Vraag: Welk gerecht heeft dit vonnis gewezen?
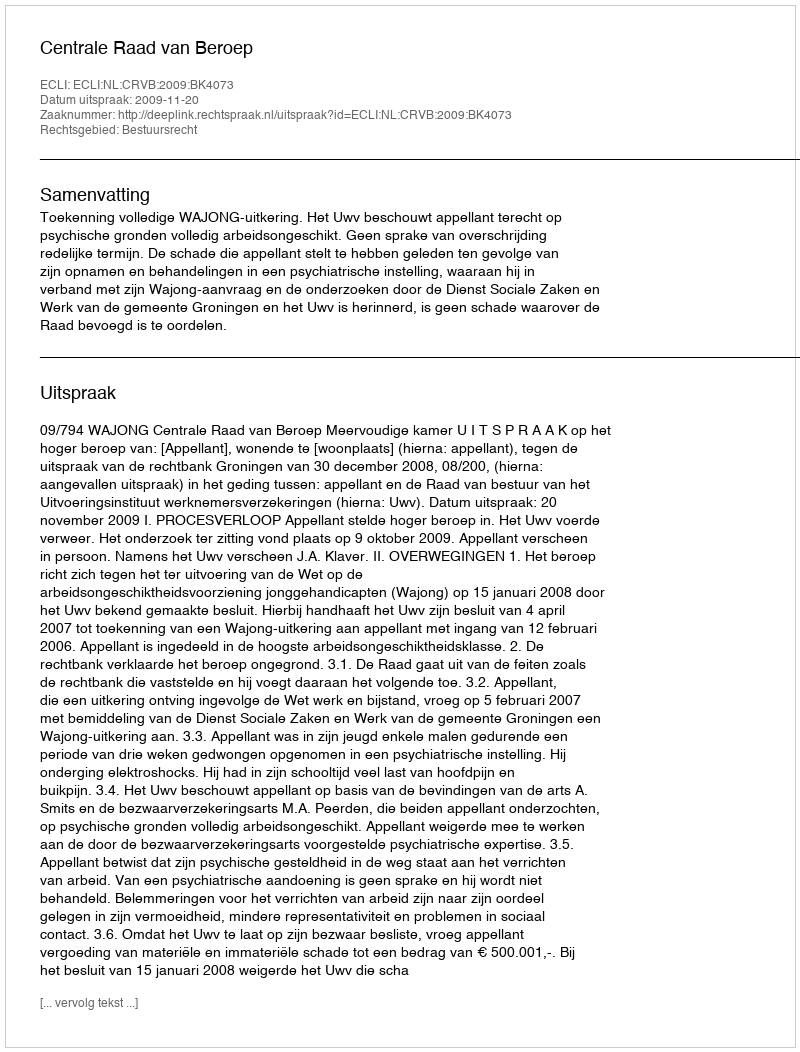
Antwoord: Centrale Raad van Beroep